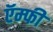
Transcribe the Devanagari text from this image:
ऍम्फी